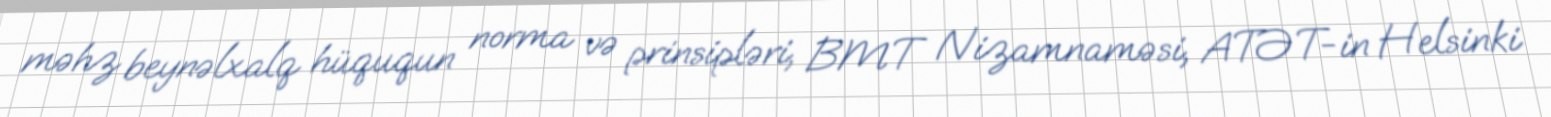
məhz beynəlxalq hüququn norma və prinsipləri, BMT Nizamnaməsi, ATƏT-in Helsinki